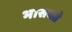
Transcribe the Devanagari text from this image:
भासवते